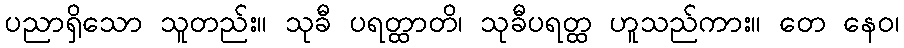
ပညာရှိသော သူတည်း။ သုခီ ပရတ္ထာတိ၊ သုခီပရတ္ထ ဟူသည်ကား။ တေ နေဝ၊